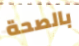
بالصحة